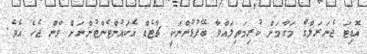
އޮޑިޓަ ޖެނަރަލްގެ މަގާމަށް ކުރިމަތިލައްވާ ބޭފުޅުންނަކީ ޗާޓެޑް އެކައުންޓެންޓުންނަށް ވާން ޖެހެ އެވެ.